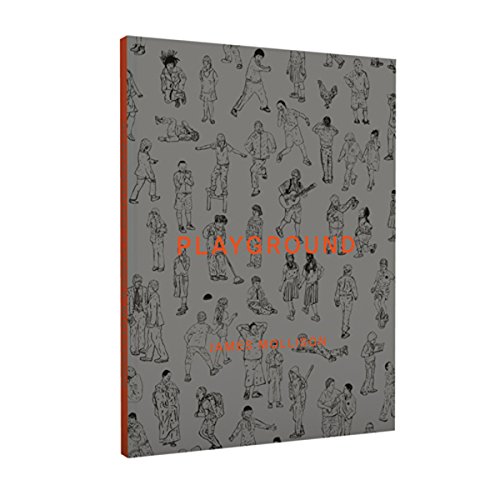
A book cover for James Mollison: Playground; Jon Ronson; Arts & Photography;